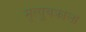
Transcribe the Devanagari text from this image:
मृत्युचक्राला